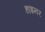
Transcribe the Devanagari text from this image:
हाइनर